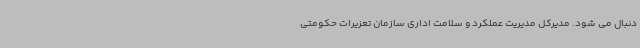
دنبال می شود. مدیرکل مدیریت عملکرد و سلامت اداری سازمان تعزیرات حکومتی